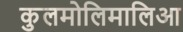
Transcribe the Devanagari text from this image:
कुलमोलिमालिआ